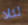
لئلا